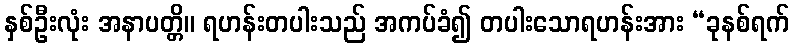
နှစ်ဦးလုံး အနာပတ္တိ။ ရဟန်းတပါးသည် အကပ်ခံ၍ တပါးသောရဟန်းအား “ခုနစ်ရက်